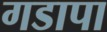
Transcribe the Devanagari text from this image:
गडापा